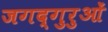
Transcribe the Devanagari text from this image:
जगद्गुरुओं